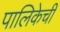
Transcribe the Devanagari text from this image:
पालिकेची